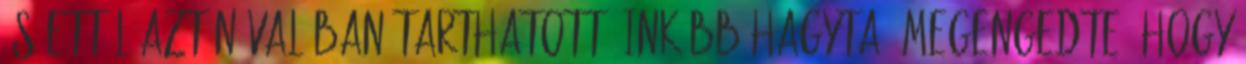
és ettől aztán valóban tarthatott. Inkább hagyta, megengedte, hogy